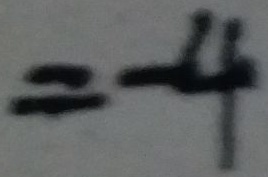
= - 4